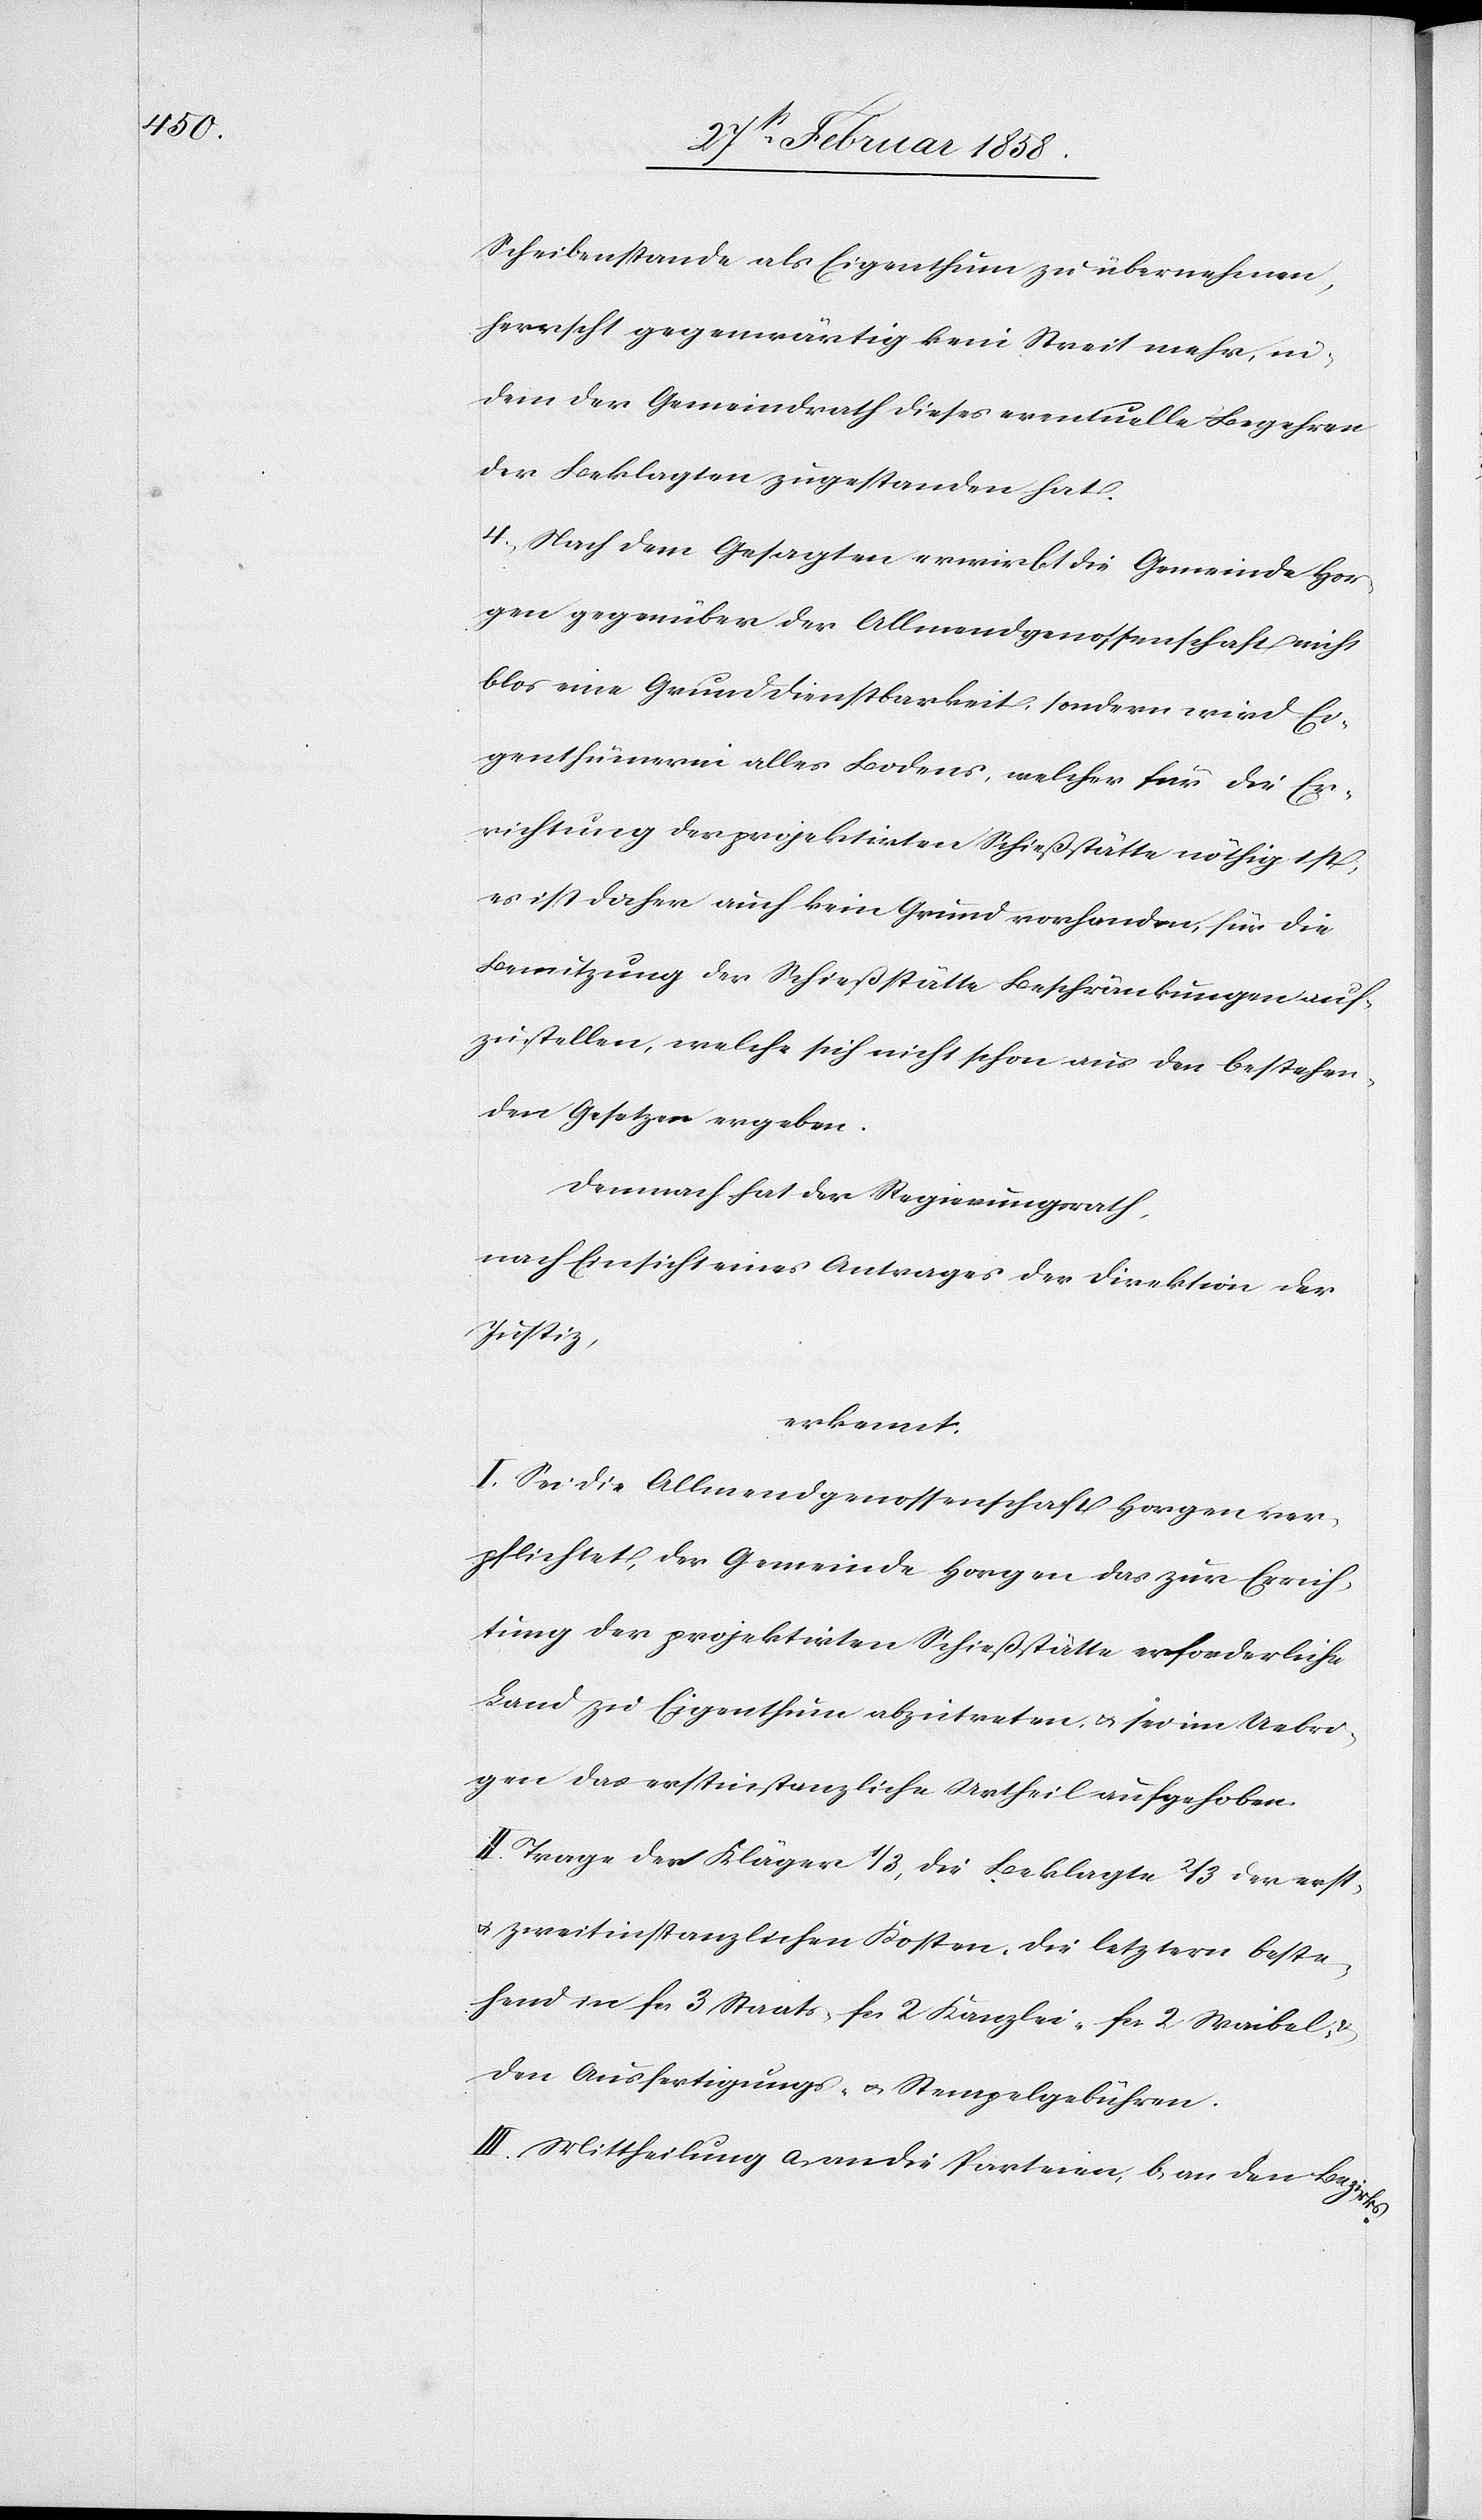
Scheibenstande als Eigenthum zu übernehmen,
herrscht gegenwärtig kein Streit mehr, in¬
dem der Gemeindrath dieses eventuelle Begehren
der Beklagten zugestanden hat.
4. Nach dem Gesagten erwirbt die Gemeinde Hor¬
gen gegenüber der Allmendgenossenschaft nicht
blos eine Grunddienstbarkeit, sondern wird Ei¬
genthümerin alles Bodens, welcher für die Er¬
richtung der projektirten Schießstätte nöthig ist,
es ist daher auch kein Grund vorhanden, für die
Benutzung der Schießstätte Beschränkungen auf¬
zustellen, welche sich nicht schon aus den bestehen¬
den Gesetzen ergeben.
Demnach hat der Regierungsrath,
nach Einsicht eines Antrages der Direktion der
Justiz,
erkannt:
I. Sei die Allmendgenossenschaft Horgen ver¬
pflichtet, der Gemeinde Horgen das zur Errich¬
tung der projektirten Schießstätte erforderliche
Land zu Eigenthum abzutreten u. sei im Uebri¬
gen das erstinstanzliche Urtheil aufgehoben.
II. Trage der Kläger 1/3, die Beklagte 2/3 der erst-
u. zweitinstanzlichen Kosten, die letztern beste¬
hend in fcs. 3 Statats- fcs. 2 Kanzlei- fcs. 2 Waibel- u.
den Ausfertigungs- u. Stempelgebühren.
III. Mittheilung a. an die Parteien, b an den Bezirks-